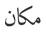
مكان